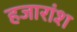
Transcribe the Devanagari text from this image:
हजारांश